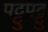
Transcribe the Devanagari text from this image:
पट्टुपट्टु